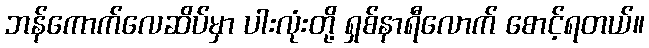
ဘန်ကောက်လေဆိပ်မှာ ပါးလုံးတို့ ရှစ်နာရီလောက် စောင့်ရတယ်။